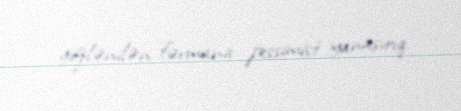
gözlənilən fərmana pessimist yanaşırıq.